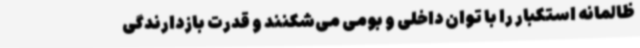
ظالمانه استکبار را با توان داخلی و بومی می‌شکنند و قدرت بازدارندگی